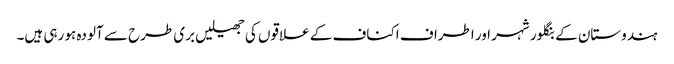
ہندوستان کے بنگلور شہر اور اطراف اکناف کے علاقوں کی جھیلیں بری طرح سے آلودہ ہو رہی ہیں۔